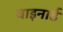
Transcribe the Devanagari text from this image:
वाइनार्ड